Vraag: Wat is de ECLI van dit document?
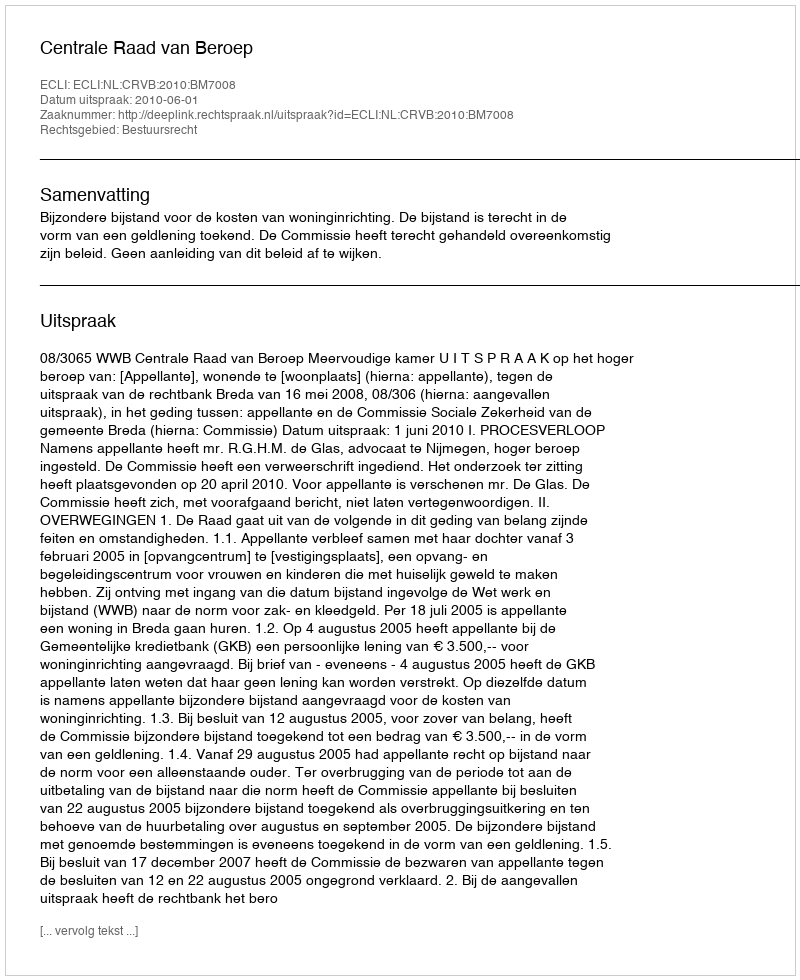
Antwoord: ECLI:NL:CRVB:2010:BM7008